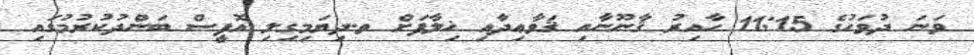
ވަނަ ދުވަހުގެ 11:15 ހާއިރު ޤާނޫނާއި ޤަވާޢިދާއި ޚިލާފަށް ތ.ދިޔަމިގިލި އޮފީސް ބަންދުކުރުމުގައި